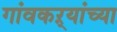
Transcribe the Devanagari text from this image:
गांवकऱ्यांच्या